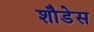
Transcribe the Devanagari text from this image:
शौडेस